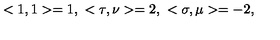
< 1 , 1 > = 1 , \ < \tau , \nu > = 2 , \ < \sigma , \mu > = - 2 ,